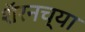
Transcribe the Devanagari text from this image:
शॅरनच्या